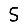
Digit: 5